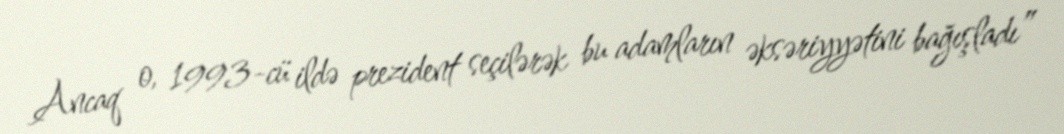
Ancaq o, 1993-cü ildə prezident seçilərək bu adamların əksəriyyətini bağışladı”